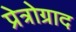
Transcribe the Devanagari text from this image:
प्रेत्रोग्राद